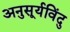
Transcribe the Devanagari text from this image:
अनुसूर्यविंदु